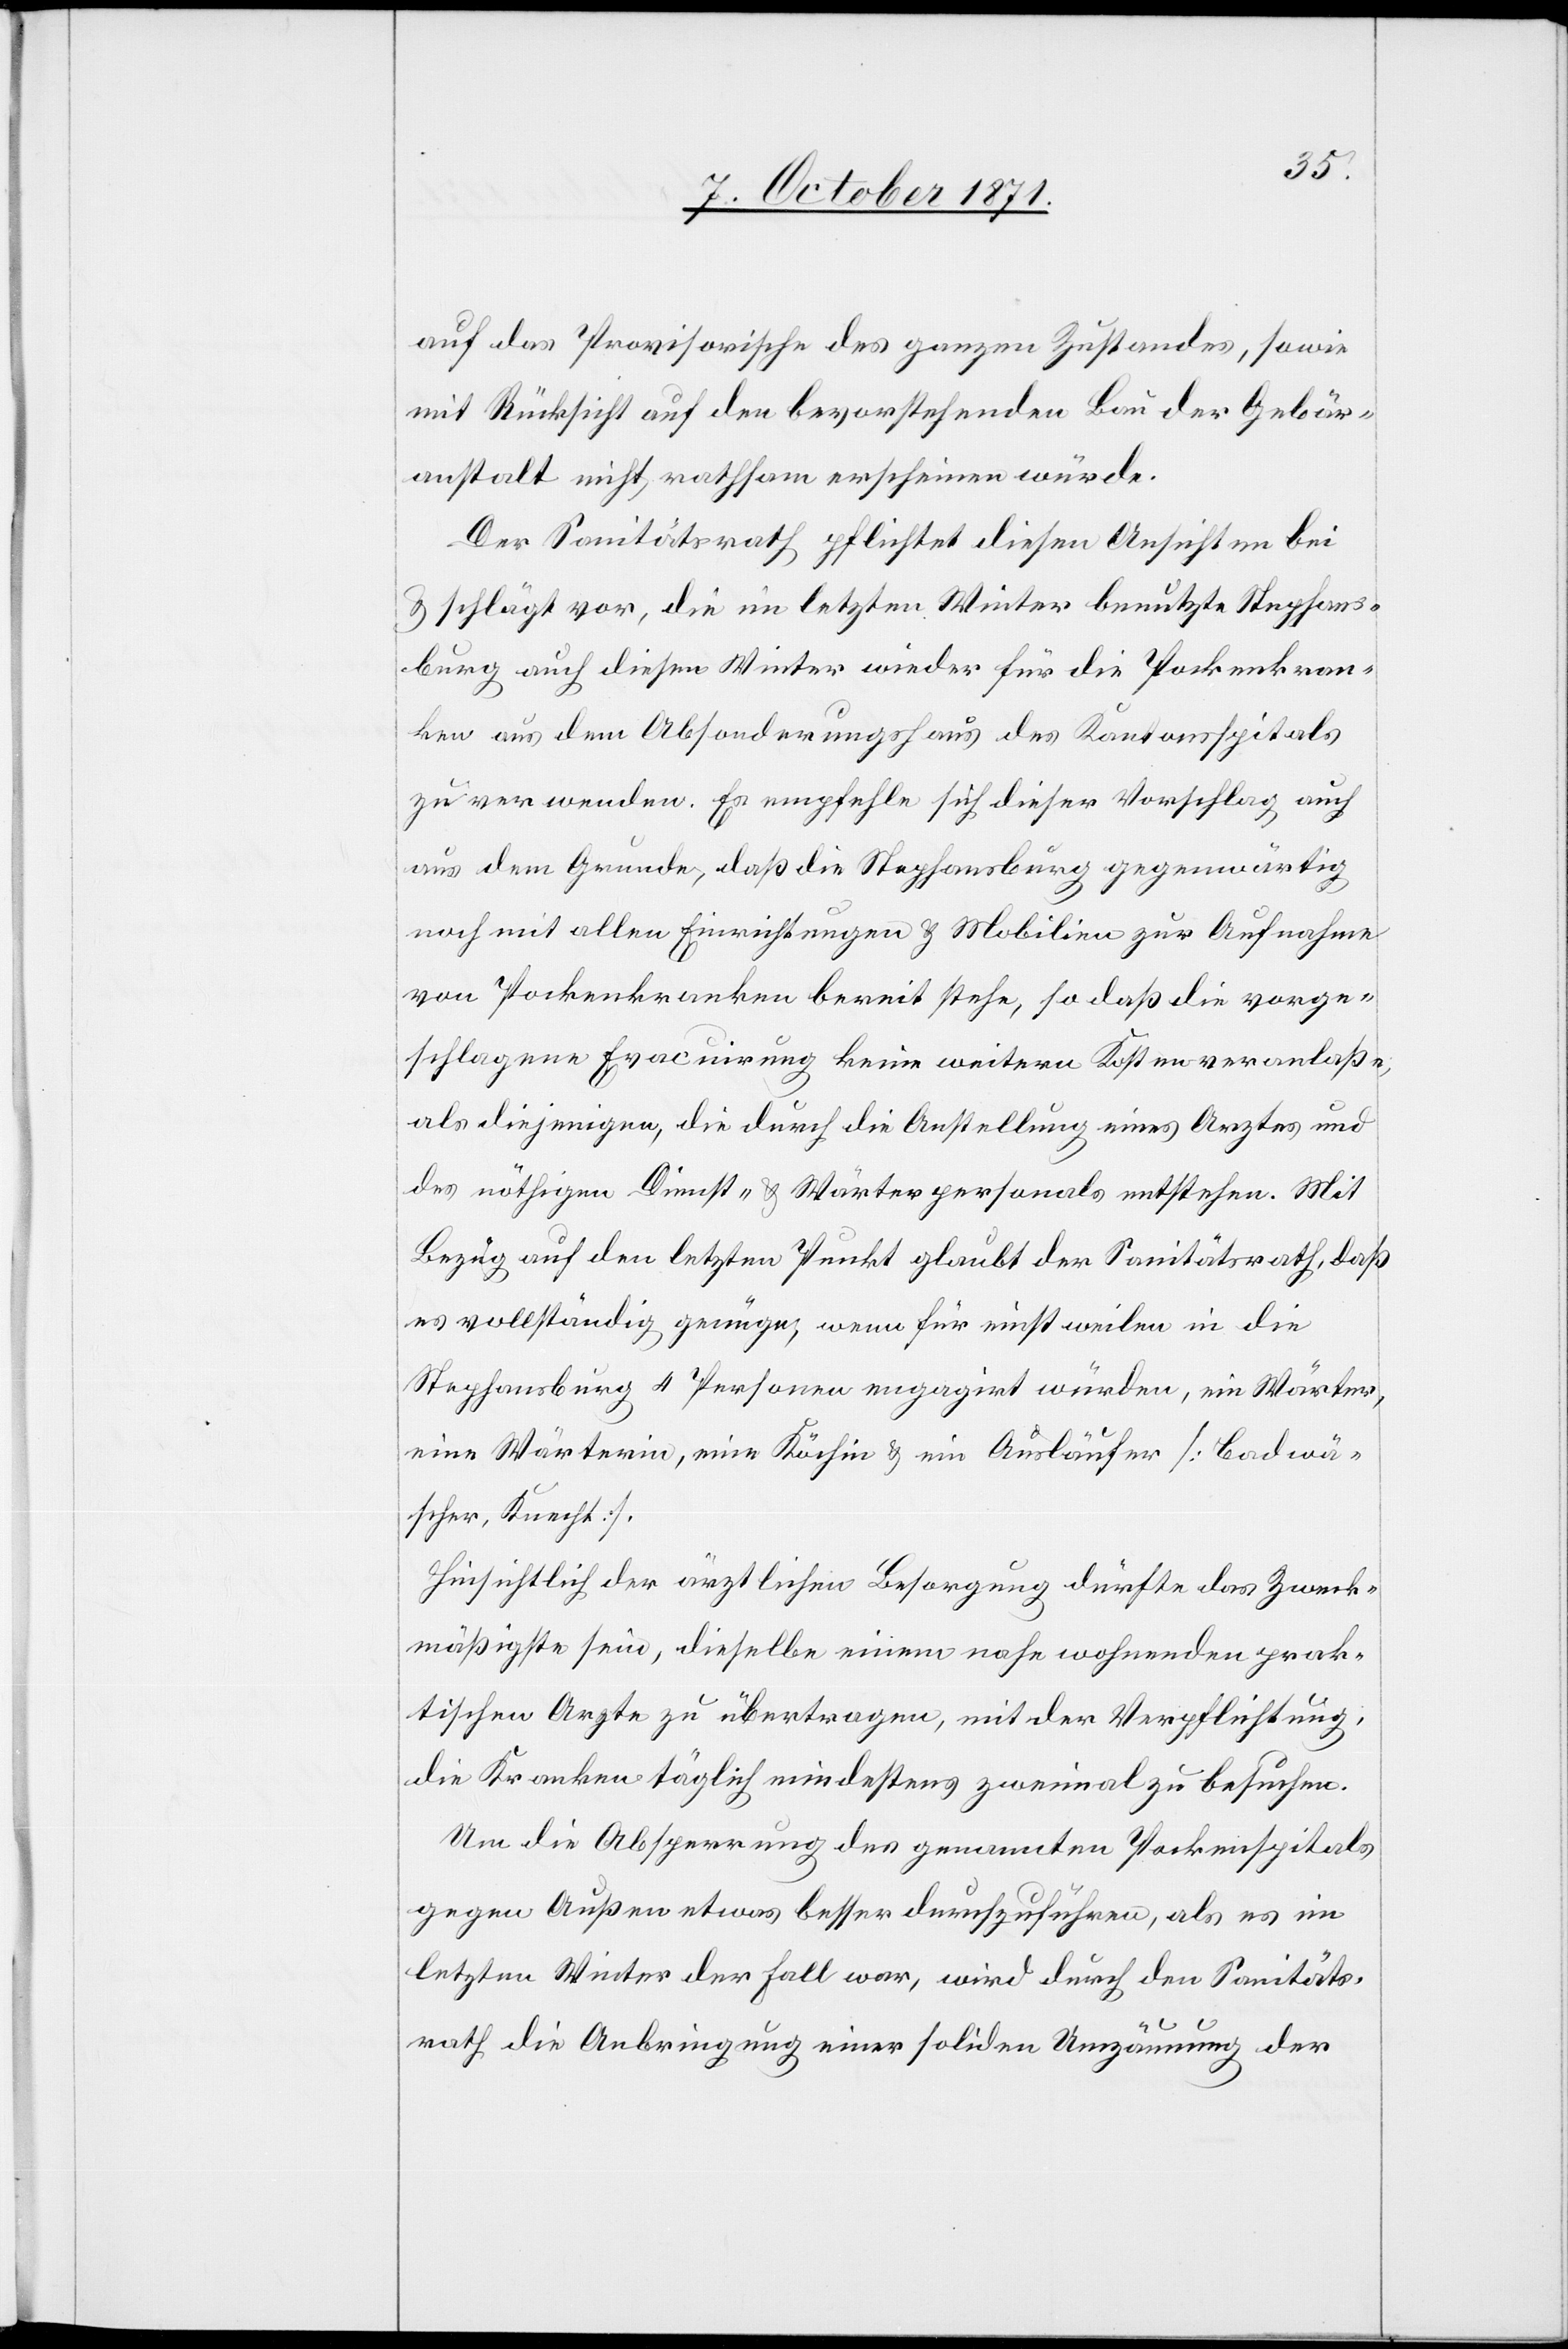
auf das Provisorische des ganzen Zustandes, sowie
mit Rücksicht auf den bevorstehenden Bau der Gebär¬
anstalt nicht rathsam erscheinen würde.
Der Sanitätsrath pflichtet diesen Ansichten bei
& schlägt vor, die im letzten Winter benutzte Stephans¬
burg auch diesen Winter wieder für die Pockenkran¬
ken aus dem Absonderungshaus des Kantonsspitals
zu verwenden. Es empfehle sich dieser Vorschlag auch
aus dem Grunde, daß die Stephansburg gegenwärtig
noch mit allen Einrichtungen & Mobilien zur Aufnahme
von Pockenkranken bereit stehe, so daß die vorge¬
schlagene Evacuirung keine weitere Kosten veranlasse,
als diejenigen, die durch die Anstellung eines Arztes und
des nöthigen Dienst- & Wärterpersonals entstehen. Mit
Bezug auf den letzten Punkt glaubt der Sanitätsrath, daß
es vollständig genüge, wenn für einstweilen in die
Stephansburg 4 Personen engagirt würden, ein Wärter,
eine Wärterin, eine Köchin & ein Ausläufer [Badwä¬
scher, Knecht].
Hinsichtlich der ärztlichen Besorgung dürfte das Zweck¬
mäßigste sein, dieselbe einem nahe wohnenden prak¬
tischen Arzte zu übertragen, mit der Verpflichtung,
die Kranken täglich mindestens zweimal zu besuchen.
Um die Absperrung des genannten Pockenspitals
gegen Außen etwas besser durchzuführen, als es im
letzten Winter der Fall war, wird durch den Sanitäts¬
rath die Anbringung einer soliden Umzäunung der